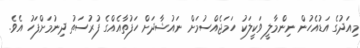
މިއަދުގެ އަޑުއެހުން ނިންމާލީ ވަކީލަކު ހަމަޖެއްސުމަށް ނައުޝާދަށް ހަފުތާއެއްގެ ފުރުސަތު ދިނުމަށްފަހު އެވެ.